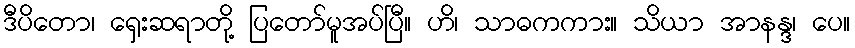
ဒီပိတော၊ ရှေးဆရာတို့ ပြတော်မူအပ်ပြီ။ ဟိ၊ သာဓကကား။ သိယာ အာနန္ဒ၊ ပေ။